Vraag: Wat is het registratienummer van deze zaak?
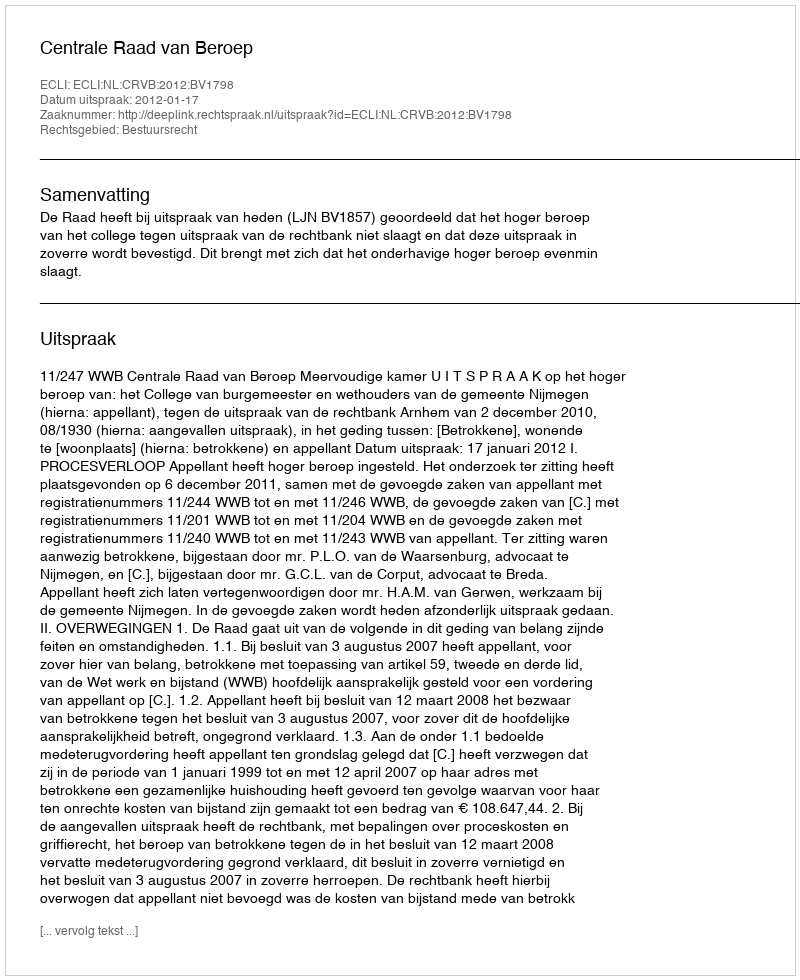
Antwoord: http://deeplink.rechtspraak.nl/uitspraak?id=ECLI:NL:CRVB:2012:BV1798